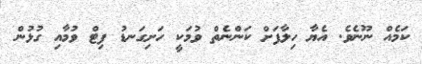
ކަމެއް ނޫނެވެ. އެޔާ ހިލާފަށް ކަންނެތް ވުމަކީ ހަށިގަނޑު ފިޓް ވުމާއި ގުޅުން